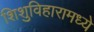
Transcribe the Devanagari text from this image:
शिशुविहारामध्ये